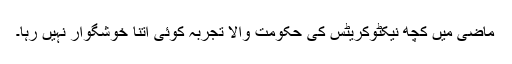
ماضی میں کچھ نیکٹوکریٹس کی حکومت والا تجربہ کوئی اتنا خوشگوار نہیں رہا۔